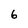
Character: 6